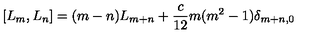
[ L _ { m } , L _ { n } ] = ( m - n ) L _ { m + n } + \frac { c } { 1 2 } m ( m ^ { 2 } - 1 ) \delta _ { m + n , 0 }